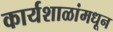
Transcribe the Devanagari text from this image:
कार्यशाळांमधून